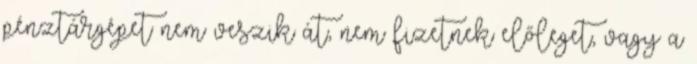
pénztárgépet nem veszik át, nem fizetnek előleget, vagy a